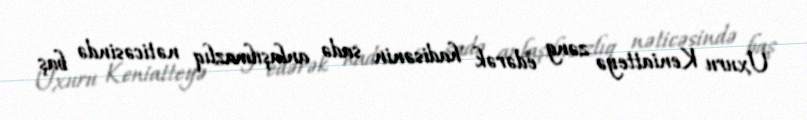
Uxuru Keniatteyə zəng edərək hadisənin sadə anlaşılmazlıq nəticəsində baş